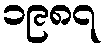
၁၉၈၇